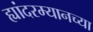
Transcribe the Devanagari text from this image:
ह्यांदरम्यानच्या